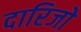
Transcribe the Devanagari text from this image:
दारिजो